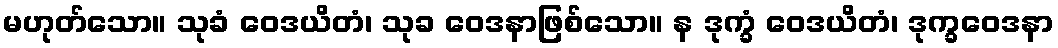
မဟုတ်သော။ သုခံ ဝေဒယိတံ၊ သုခ ဝေဒနာဖြစ်သော။ န ဒုက္ခံ ဝေဒယိတံ၊ ဒုက္ခဝေဒနာ